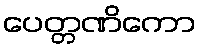
ပေတ္တဏိကော